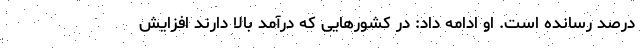
درصد رسانده است. او ادامه داد: در کشورهایی که درآمد بالا دارند افزایش